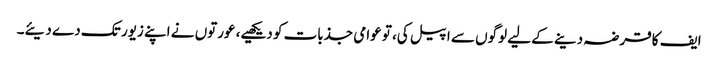
ایف کا قرضہ دینے کے لیے لوگوں سے اپیل کی، تو عوامی جذبات کو دیکھیے، عورتوں نے اپنے زیور تک دے دیئے۔